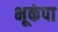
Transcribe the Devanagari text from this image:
भूकंपा